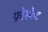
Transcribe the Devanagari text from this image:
फ़ोस्फेट